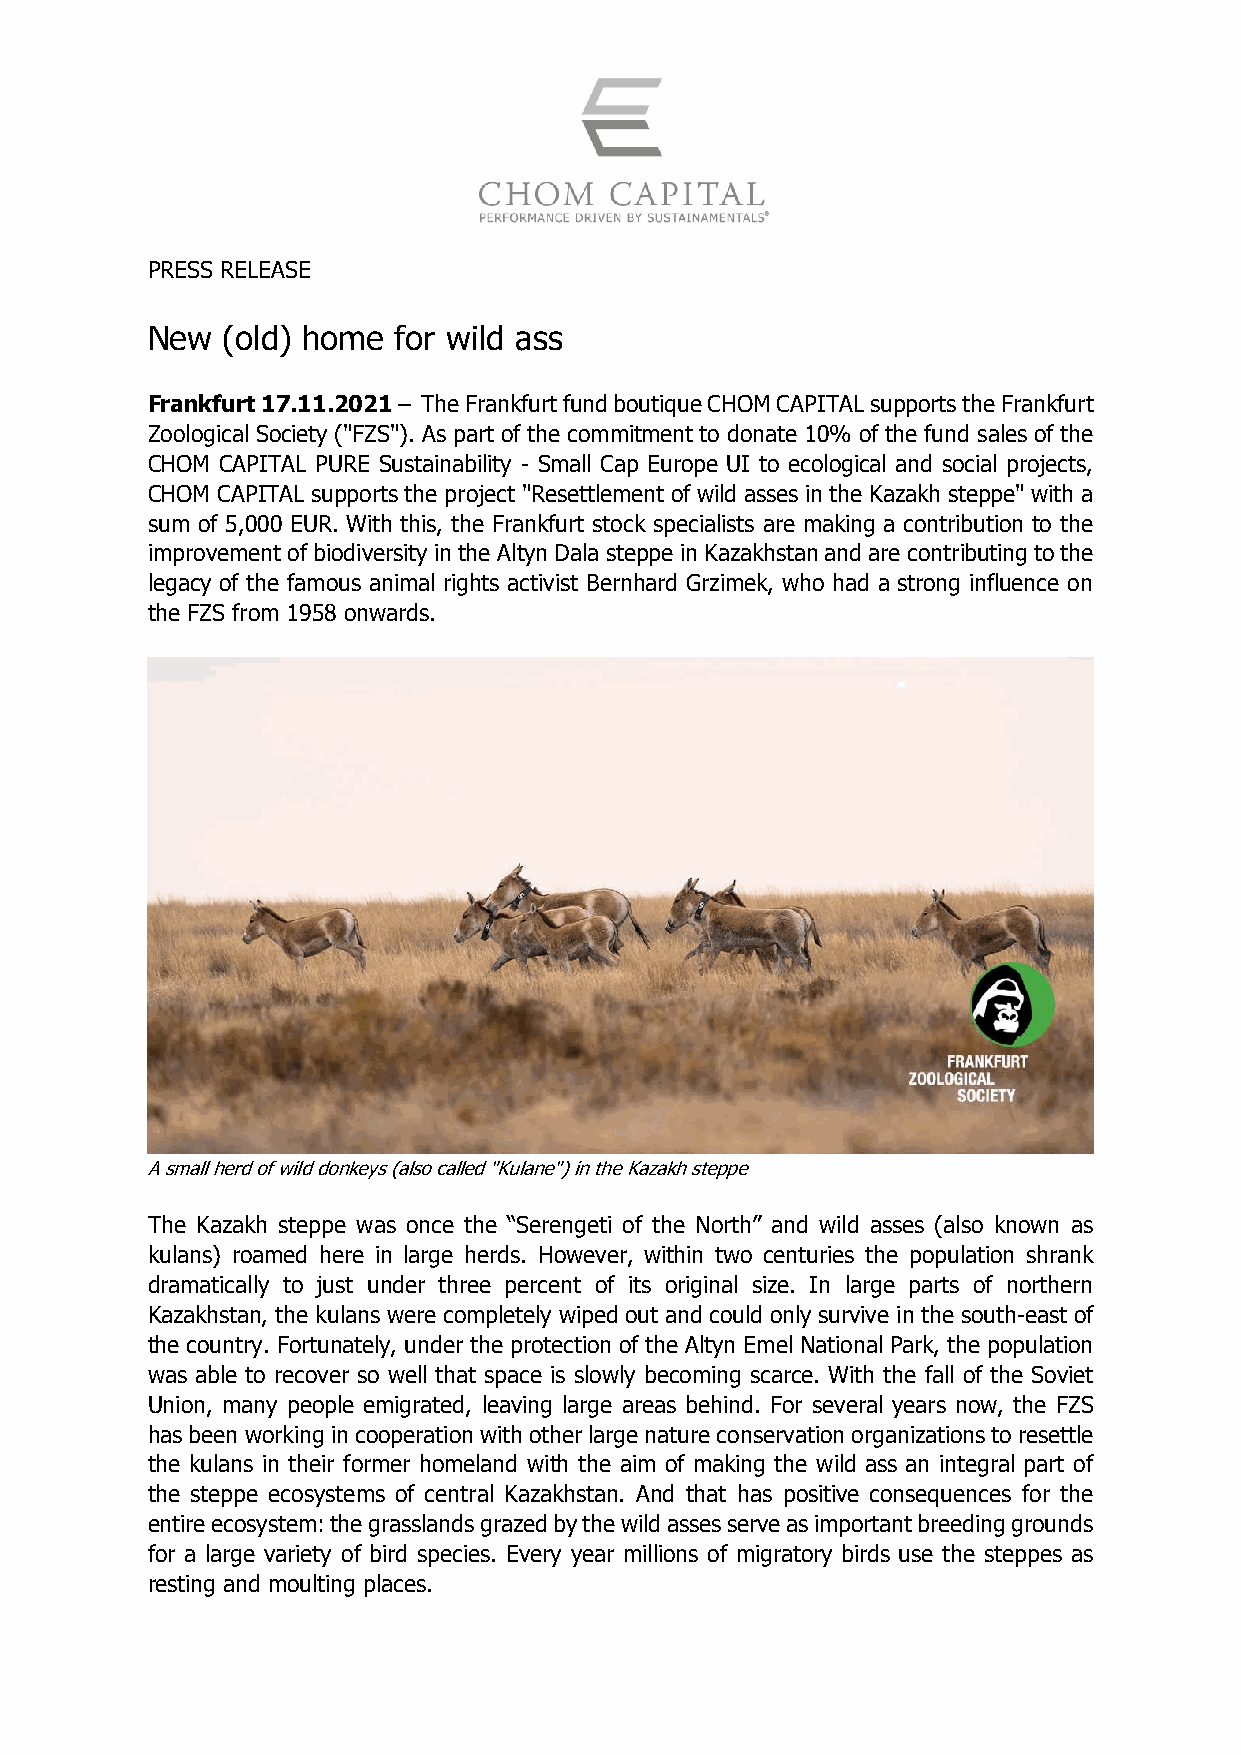
PRESS RELEASE
 New  (old) home for wild ass
 Frankfurt 17.11.2021 – The Frankfurt fund boutique CHOM CAPITAL supports the Frankfurt
 Zoological Society ("FZS"). As part of the commitment to donate 10% of the fund sales of the
 CHOM CAPITAL PURE Sustainability - Small Cap Europe UI to ecological and social projects,
 CHOM CAPITAL supports the project "Resettlement of wild asses in the Kazakh steppe" with a
 sum of 5,000 EUR. With this, the Frankfurt stock specialists are making a contribution to the
 improvement of biodiversity in the Altyn Dala steppe in Kazakhstan and are contributing to the
 legacy of the famous animal rights activist Bernhard Grzimek, who had a strong influence on
 the FZS from 1958 onwards.
 A small herd of wild donkeys (also called "Kulane") in the Kazakh steppe
 The Kazakh steppe was once the “Serengeti of the North” and wild asses (also known as
 kulans) roamed here in large herds. However, within two centuries the population shrank
 dramatically to just under three percent of its original size. In large parts of northern
 Kazakhstan, the kulans were completely wiped out and could only survive in the south-east of
 the country. Fortunately, under the protection of the Altyn Emel National Park, the population
 was able to recover so well that space is slowly becoming scarce. With the fall of the Soviet
 Union, many people emigrated, leaving large areas behind. For several years now, the FZS
 has been working in cooperation with other large nature conservation organizations to resettle
 the kulans in their former homeland with the aim of making the wild ass an integral part of
 the steppe ecosystems of central Kazakhstan. And that has positive consequences for the
 entire ecosystem: the grasslands grazed by the wild asses serve as important breeding grounds
 for a large variety of bird species. Every year millions of migratory birds use the steppes as
 resting and moulting places.